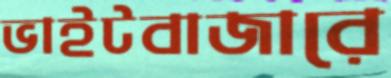
ভাইটবাজারে